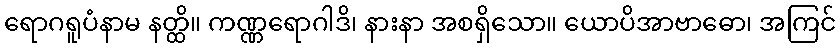
ရောဂရူပံနာမ နတ္ထိ။ ကဏ္ဏရောဂါဒိ၊ နားနာ အစရှိသော။ ယောပိအာဗာဓော၊ အကြင်